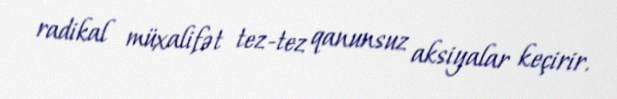
radikal müxalifət tez-tez qanunsuz aksiyalar keçirir.